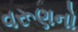
વરૂણનો